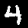
Label: 4